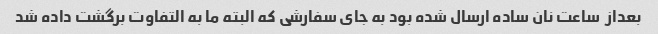
بعداز  ساعت نان ساده ارسال شده بود به جای سفارشی که البته ما به التفاوت برگشت داده شد